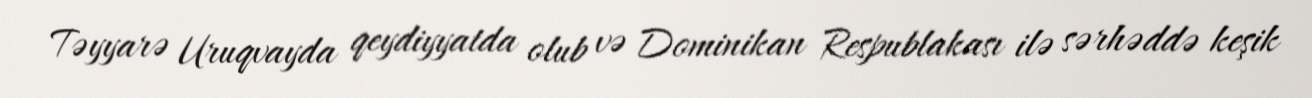
Təyyarə Uruqvayda qeydiyyatda olub və Dominikan Respublakası ilə sərhəddə keşik